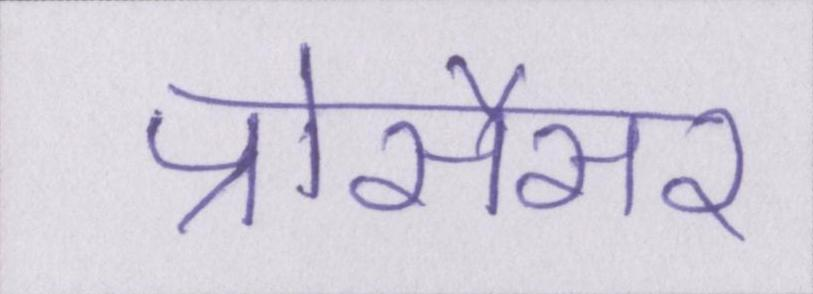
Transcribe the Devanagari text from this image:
प्रोसैसर